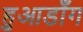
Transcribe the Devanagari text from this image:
हुआडाँग